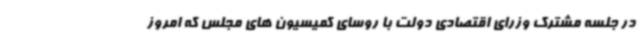
در جلسه مشترک وزرای اقتصادی دولت با روسای کمیسیون های مجلس که امروز